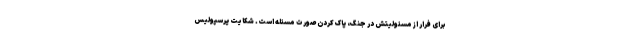
برای فرار از مسئولیتش در جنگ، پاک‌کردن صورت مسئله است. شکایت پرسپولیس